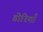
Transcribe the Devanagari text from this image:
डोरियाँ